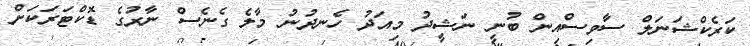
ކަރެކްޝަނަލް ސާވިސްއިން ބުނީ ނަޝީދު މިއަދު ހެނދުނު މާލެ ގެނެސް ނާރުގެ ޑޮކްޓަރަކަށް